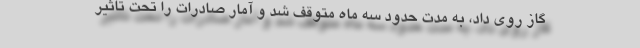
گاز روی داد، به مدت حدود سه ماه متوقف شد و آمار صادرات را تحت تاثیر